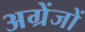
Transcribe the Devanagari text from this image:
अग्रेंजों